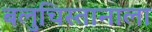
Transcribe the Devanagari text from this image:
बलुचिस्तानाला